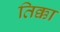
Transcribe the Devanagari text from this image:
तिक्का